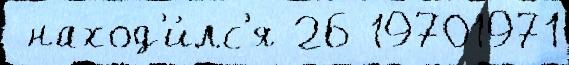
 наход'и́лс'я 26 19701971